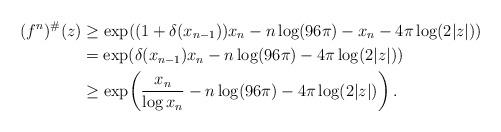
LaTeX: \begin{align*}\begin{aligned}(f^n)^\#(z)&\geq \exp\!\left((1+\delta(x_{n-1}))x_n - n\log (96\pi)- x_n-4\pi \log(2|z|) \right)\\ &= \exp\!\left(\delta(x_{n-1})x_n - n\log (96\pi)-4\pi \log(2|z|) \right)\\ &\geq \exp\!\left(\frac{x_n}{\log x_n} - n\log (96\pi)-4\pi \log(2|z|) \right).\end{aligned}\end{align*}